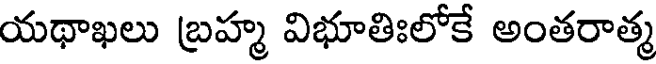
యథాఖలు బ్రహ్మ విభూతిఃలోకే అంతరాత్మ